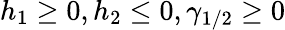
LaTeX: h_{1}\geq 0,h_{2}\leq 0,\gamma_{1/2}\geq 0